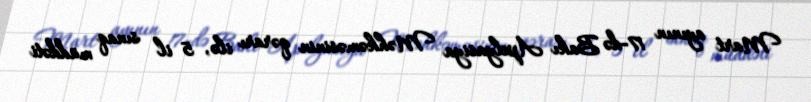
Mart ayının 17-də Bakı Apelyasiya Məhkəməsinin qərarı ilə, 5 il sınaq müddəti